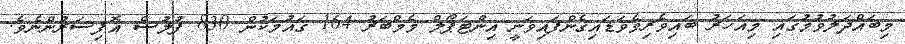
މިބައްދަލުވުމުގައި މިއަހަރު ބައިވެރިވެވަޑައިގެންފައިވަނީ އިންޓަޕޯލް މެމްބަރު 164 ޤައުމަކުން 830 ފުލުސް އޮފިސަރުންނެވެ.